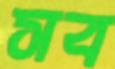
সব